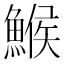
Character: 鯸